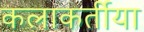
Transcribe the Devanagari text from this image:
कलाकर्तीया